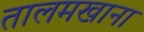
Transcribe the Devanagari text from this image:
तालमखाना